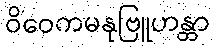
ဝိဝေကမနုဗြူဟန္တာ